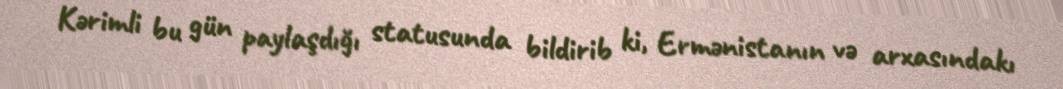
Kərimli bu gün paylaşdığı statusunda bildirib ki, Ermənistanın və arxasındakı